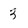
Character: 3